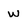
Character: w